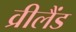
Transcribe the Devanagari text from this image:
व्रीलैंड